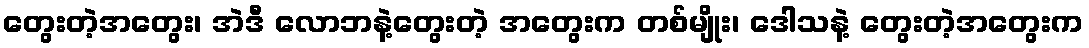
တွေးတဲ့အတွေး၊ အဲဒီ လောဘနဲ့တွေးတဲ့ အတွေးက တစ်မျိုး၊ ဒေါသနဲ့ တွေးတဲ့အတွေးက